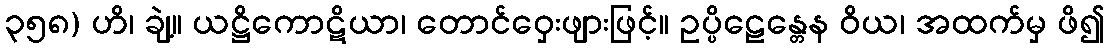
၃၅၈) ဟိ၊ ချဲ့။ ယဋ္ဌိကောဋိယာ၊ တောင်ဝှေးဖျားဖြင့်။ ဥပ္ပိဠေန္တေန ဝိယ၊ အထက်မှ ဖိ၍